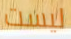
ليست